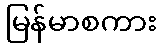
မြန်မာစကား